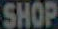
SHOP